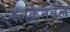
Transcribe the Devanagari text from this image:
क्लर्केनवेल